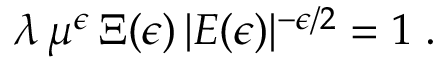
\lambda \, \mu ^ { \epsilon } \, \Xi ( \epsilon ) \, | E ( \epsilon ) | ^ { - \epsilon / 2 } = 1 \; .